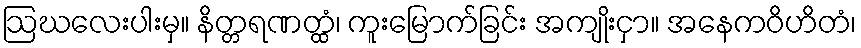
ဩဃလေးပါးမှ။ နိတ္တရဏတ္ထံ၊ ကူးမြောက်ခြင်း အကျိုးငှာ။ အနေကဝိဟိတံ၊